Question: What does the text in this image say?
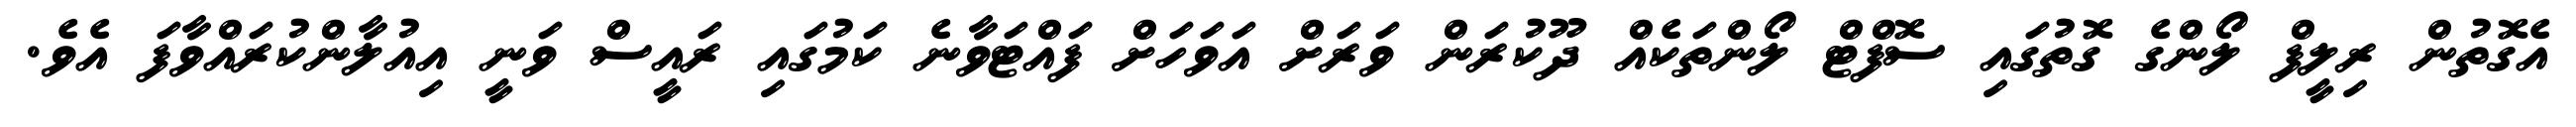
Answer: އެގޮތުން ރިލީފް ލޯންގެ ގޮތުގައި ސޮފްޓް ލޯންތަކެއް ދޫކުރަން ވަރަށް އަވަހަށް ފައްޓަވާނެ ކަމުގައި ރައީސް ވަނީ އިއުލާންކުރައްވާފަ އެވެ.